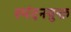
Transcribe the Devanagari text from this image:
स्पंदनयुक्त